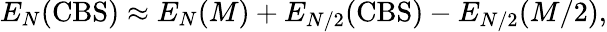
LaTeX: E_{N}(\mathrm{CBS})\approx E_{N}(M)+E_{N/2}(\mathrm{CBS})-E_{N/2}(M/2),